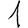
Digit: 1